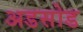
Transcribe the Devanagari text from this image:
अडसोड